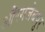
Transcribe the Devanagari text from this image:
औंरगजेबपुर